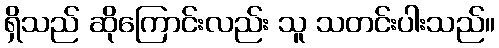
ရှိသည် ဆိုကြောင်းလည်း သူ သတင်းပါးသည်။